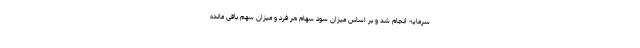
سرمایه انجام شد و بر اساس میزان سود سهام هر فرد و میزان سهم باقی مانده